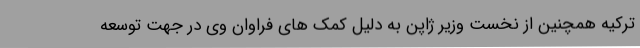
ترکیه همچنین از نخست وزیر ژاپن به دلیل کمک های فراوان وی در جهت توسعه